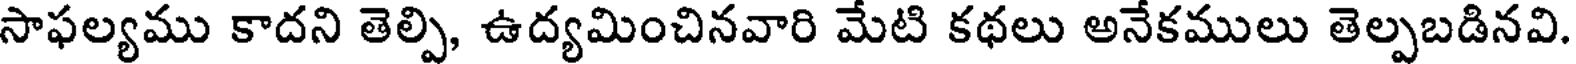
సాఫల్యము కాదని తెల్పి, ఉద్యమించినవారి మేటి కథలు అనేకములు తెల్పబడినవి.